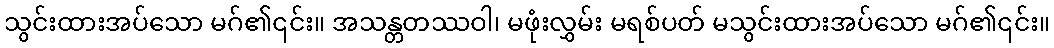
သွင်းထားအပ်သော မဂ်၏၎င်း။ အသန္တတဿဝါ၊ မဖုံးလွှမ်း မရစ်ပတ် မသွင်းထားအပ်သော မဂ်၏၎င်း။